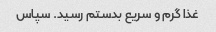
غذا گرم و سریع بدستم رسید. سپاس